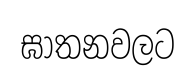
ඝාතනවලට